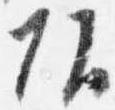
頭